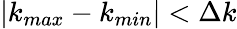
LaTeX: |k_{max}-k_{min}|<\Delta k